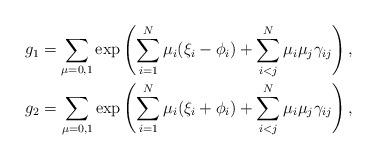
LaTeX: \begin{align*} \begin{aligned} g_1 =\sum_{\mu=0,1}\exp\left(\sum_{i=1}^N\mu_i(\xi_i-\phi_i)+\sum_{i<j}^N \mu_i\mu_j\gamma_{ij}\right), \\ g_2 = \sum_{\mu=0,1}\exp\left(\sum_{i=1}^N\mu_i(\xi_i+\phi_i)+\sum_{i<j}^N \mu_i\mu_j\gamma_{ij}\right),\end{aligned}\end{align*}